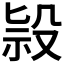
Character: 𣪑